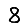
Digit: 8